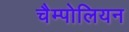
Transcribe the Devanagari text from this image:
चैम्पोलियन